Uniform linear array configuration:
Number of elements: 8
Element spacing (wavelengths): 1
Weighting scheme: cosine
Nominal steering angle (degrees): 0
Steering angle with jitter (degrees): -1.414
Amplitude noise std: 0.05
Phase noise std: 0.05

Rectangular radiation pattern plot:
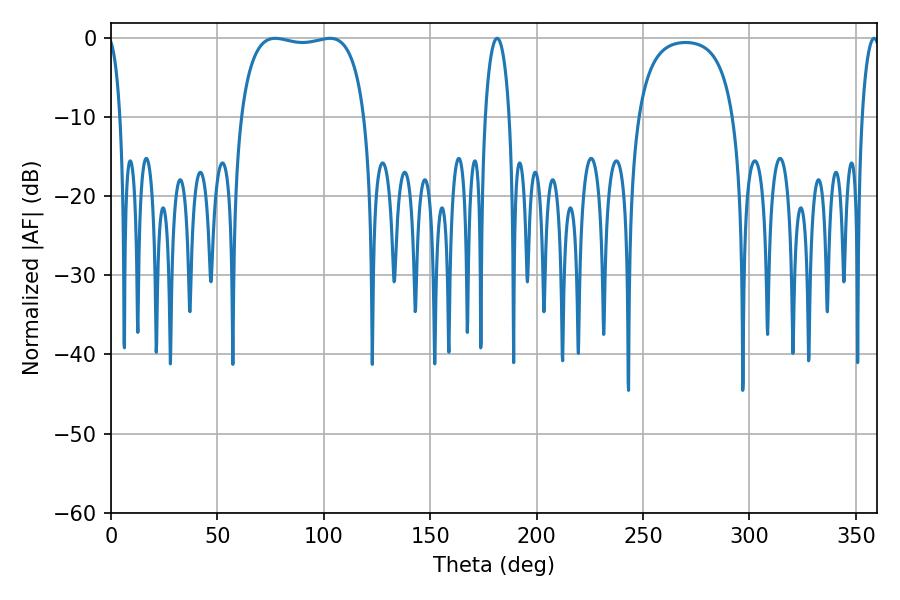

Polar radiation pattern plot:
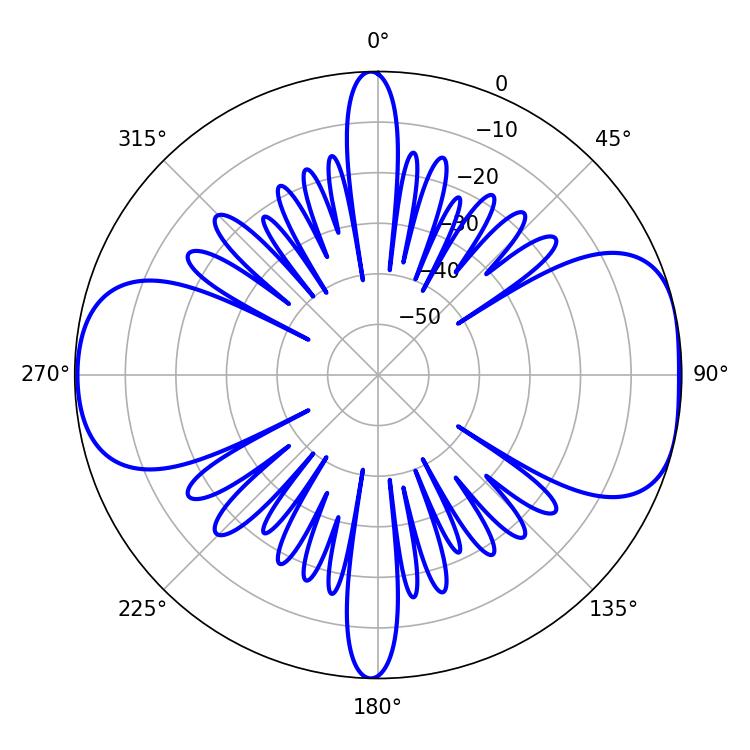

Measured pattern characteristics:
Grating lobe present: TRUE
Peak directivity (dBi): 8.378
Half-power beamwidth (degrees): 4.68
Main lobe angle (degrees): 358.56